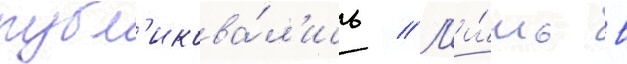
публ'икова́л'ись // Л'и́шь в